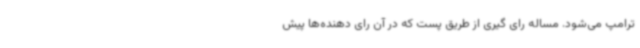
ترامپ می‌شود. مساله رای گیری از طریق پست که در آن رای دهنده‌ها پیش